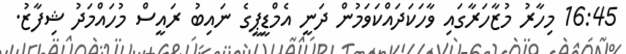
16:45 މިހާރު މުޒާހަރާގައި ވާހަކަދައްކަވަމުން ދަނީ އެމްޑީޕީގެ ނައިބު ރައީސް މުހައްމަދު ޝިފާޒު.